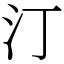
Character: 汀